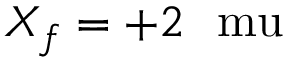
X _ { f } = + 2 ~ \mathrm { \ m u }